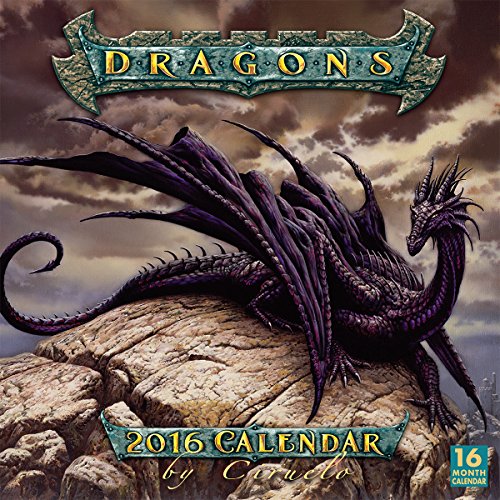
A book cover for Dragons by Ciruelo 2016 Wall Calendar; Ciruelo Cabral; Calendars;